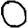
Digit: 0